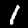
Digit: 1